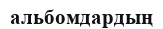
альбомдардың